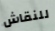
للنقاش